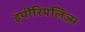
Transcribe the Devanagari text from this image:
इंपीरियलिज़्म